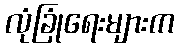
လုံခြုံရေးများက